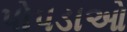
પોપડાઓ